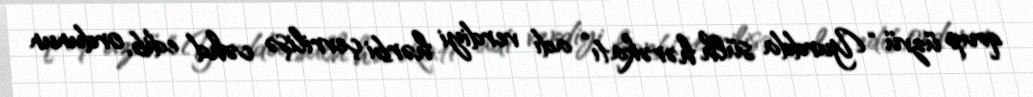
qrup üzvü “Yurdda sülh hərəkatı” adı verdiyi hərbi çevrilişə cəhd edib, ordunun